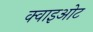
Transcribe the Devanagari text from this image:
क्वाइओट